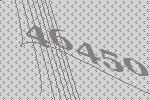
46450